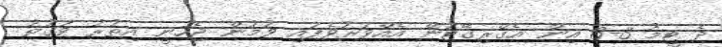
ދެ ޓީމު 3-3 އިން އެގްރިގޭޓުން އެއްވަރުވެފައި ވުމުން ޖެހުނީ އިތުރު ވަގުތު